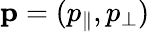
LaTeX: \mathbf{p}=(p_{\parallel},p_{\perp})